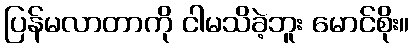
ပြန်မလာတာကို ငါမသိခဲ့ဘူး မောင်စိုး။